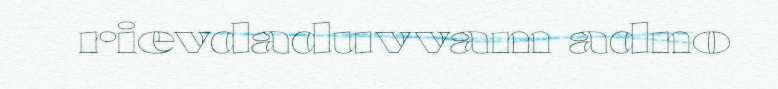
rievdaduvvam adno